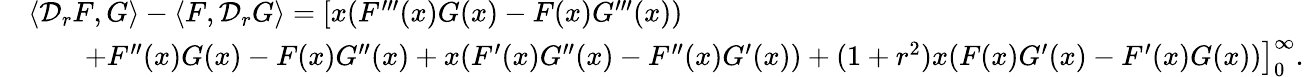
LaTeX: \begin{array}{rl}&{\langle\mathcal{D}_{r}F,G\rangle-\langle F,\mathcal{D}_{r}G\rangle=\left[x(F^{\prime\prime\prime}(x)G(x)-F(x)G^{\prime\prime\prime}(x))\right.}\\ &{\qquad\left.+F^{\prime\prime}(x)G(x)-F(x)G^{\prime\prime}(x)+x(F^{\prime}(x)G^{\prime\prime}(x)-F^{\prime\prime}(x)G^{\prime}(x))+(1+r^{2})x(F(x)G^{\prime}(x)-F^{\prime}(x)G(x))\right]_{0}^{\infty}.}\end{array}